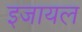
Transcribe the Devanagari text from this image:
इजायल